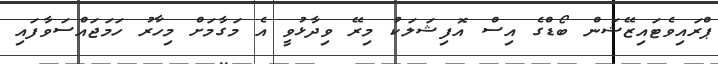
ޕްރައިވެޓައިޒޭޝަން ބޯޑްގެ އިސް އޮފިޝަލަކު މިރޭ ވިދާޅުވީ އެ މަގާމަށް މިހާރު ހަމަޖައްސަވާފައި